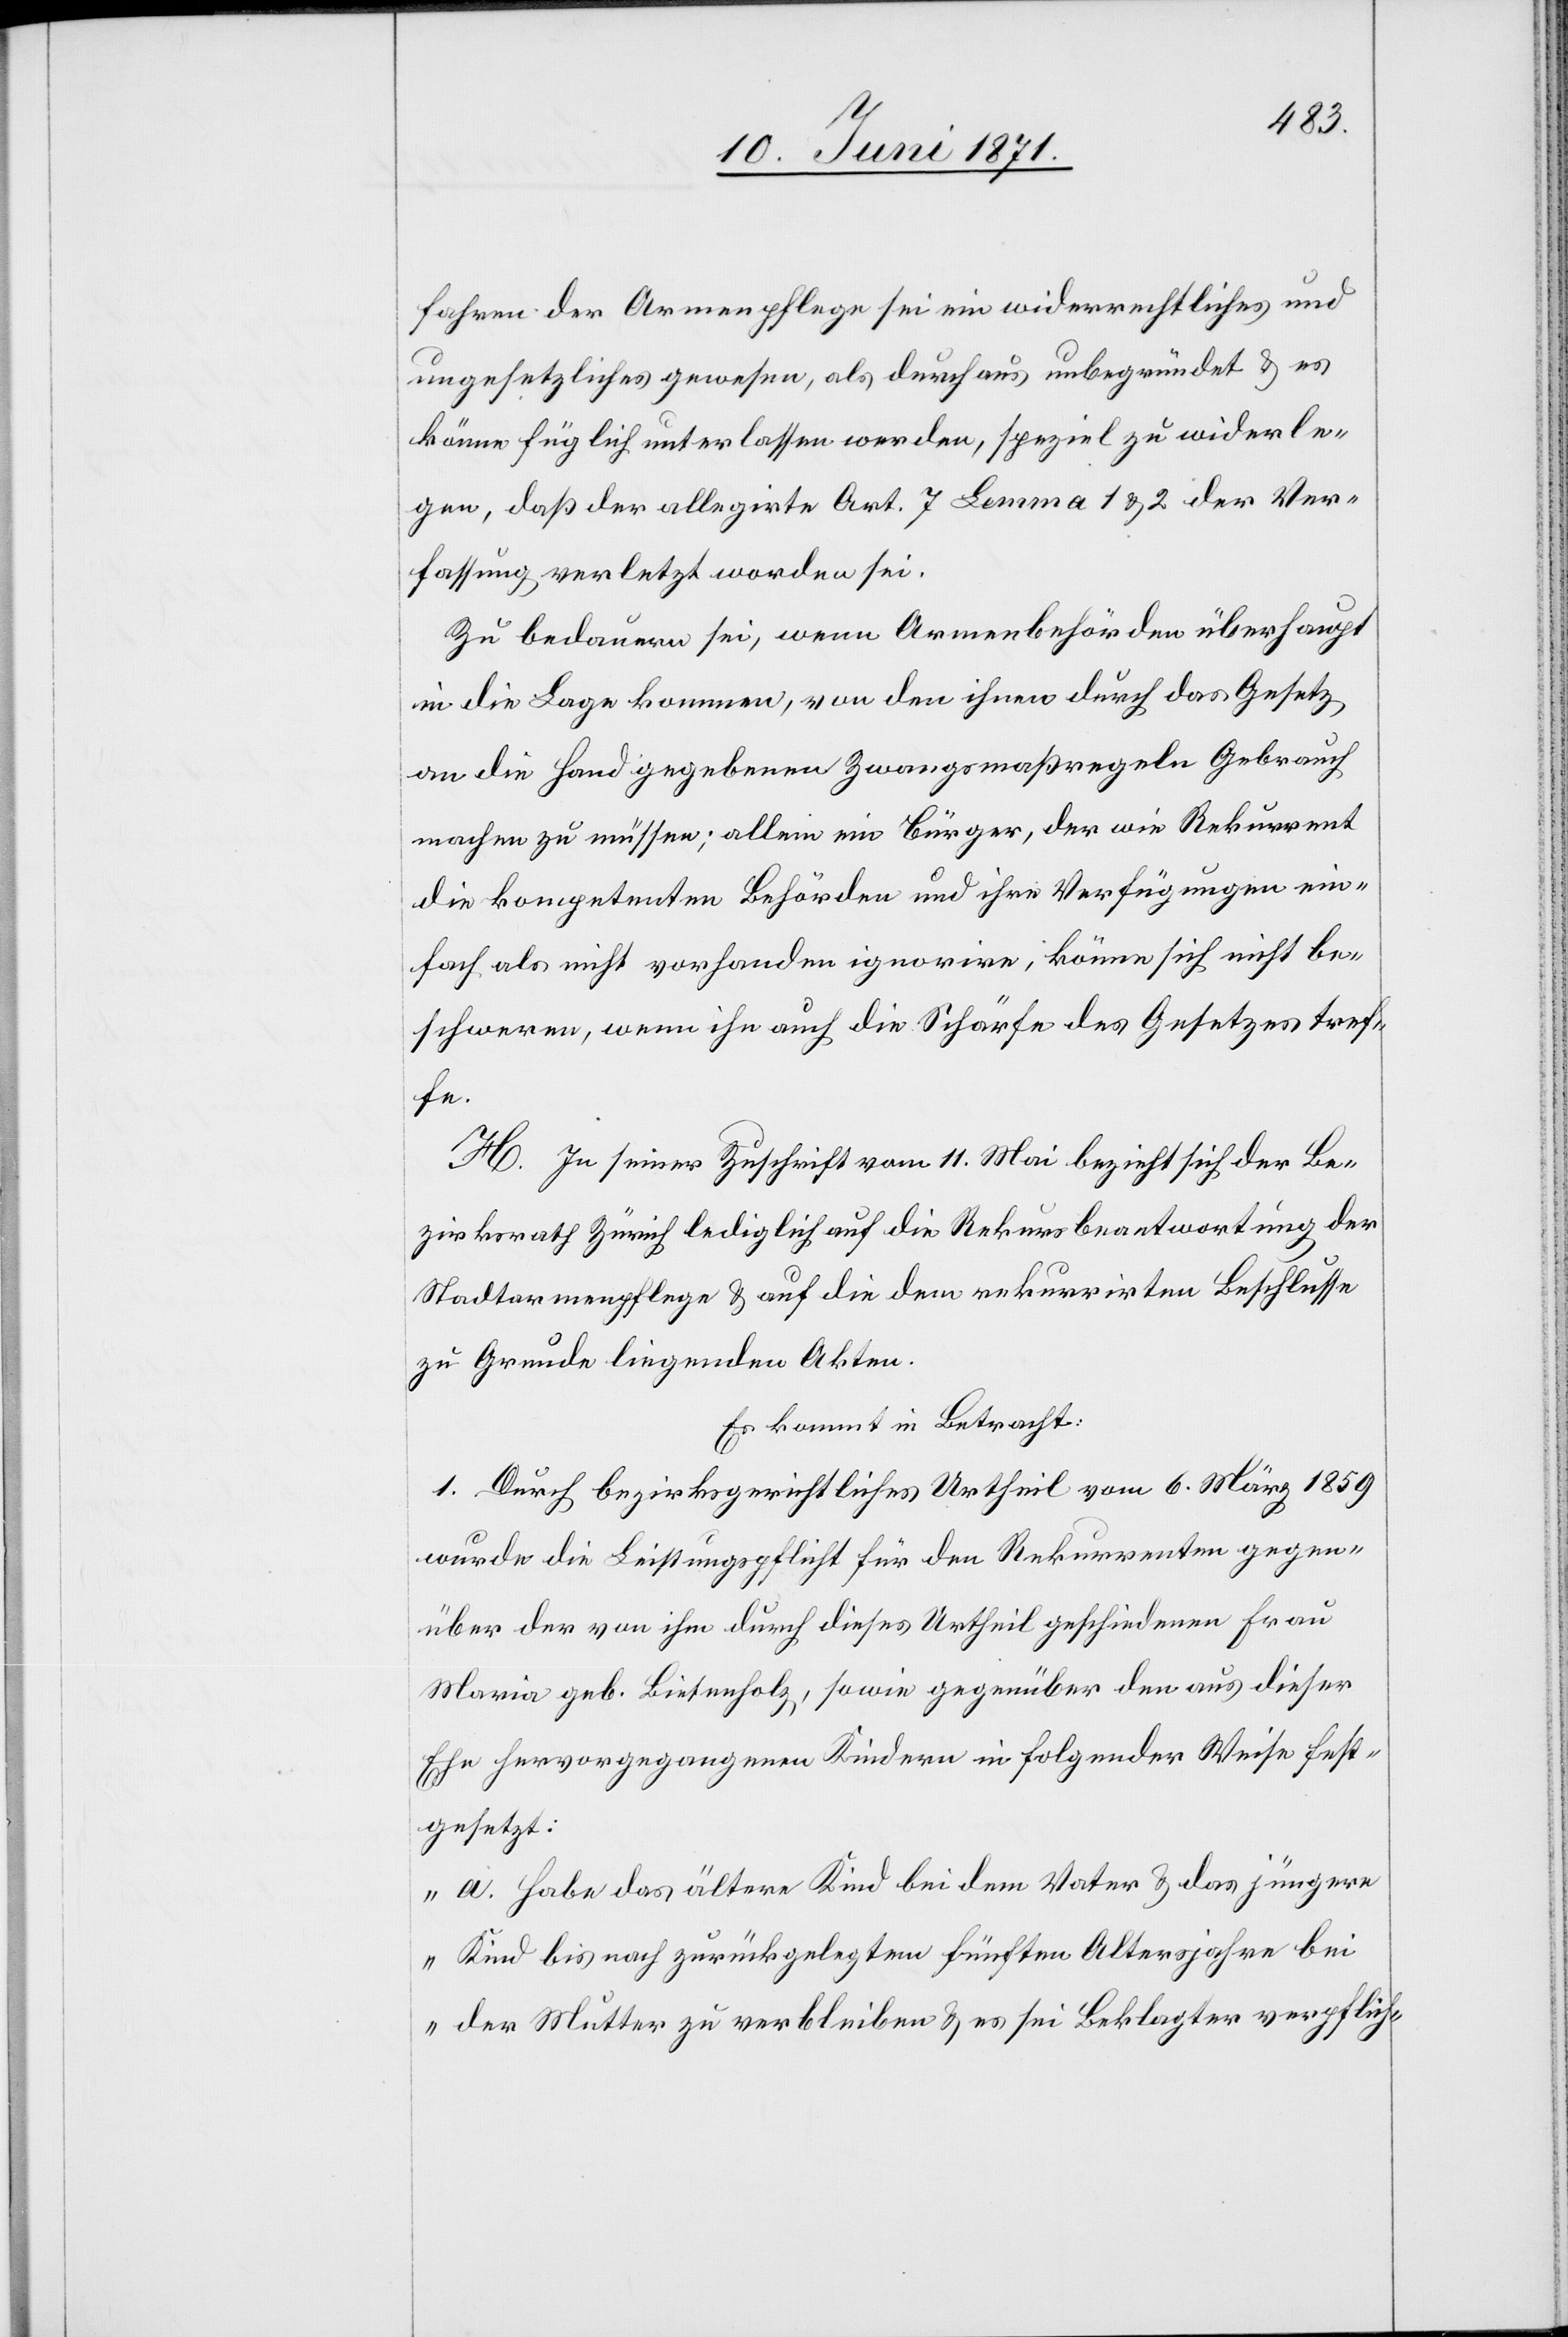
fahren der Armenpflege sei ein widerrechtliches und
ungesetzliches gewesen, als durchaus unbegründet u. es
könne füglich unterlassen werden, speziel zu widerle¬
gen, daß der allegirte Art. 7 Lemma 1 u. 2 der Ver¬
fassung verletzt worden sei.
Zu bedauern sei, wenn Armenbehörden überhaupt
in die Lage kommen, von den ihnen durch das Gesetz
an die Hand gegebenen Zwangsmaßregeln Gebrauch
machen zu müssen; allein ein Bürger, der wie Rekurrent
die kompetenten Behörden und ihre Verfügungen ein¬
fach als nicht vorhanden ignorire, könne sich nicht be¬
schweren, wenn ihn auch die Schärfe des Gesetzes tref¬
fe.
H. In seiner Zuschrift vom 11. Mai bezieht sich der Be¬
zirksrath Zürich lediglich auf die Rekursbeantwortung der
Stadtarmenpflege u. auf die dem rekurrirten Beschlusse
zu Grunde liegenden Akten.
Es kommt in Betracht:
1. Durch bezirksgerichtliches Urtheil vom 6. März 1859
wurde die Leistungspflicht für den Rekurrenten gegen¬
über der von ihm durch dieses Urtheil geschiedenen Frau
Maria geb. Bietenholz, sowie gegenüber den aus dieser
Ehe hervorgegangenen Kindern in folgender Weise fest¬
gesetzt:
„a. Habe das ältere Kind bei dem Vater u. das jüngere
Kind bis nach zurückgelegtem fünften Altersjahre bei
der Mutter zu verbleiben u. es sei Beklagter verpflich-